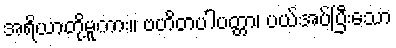
အရိယာတို့မူကား။ ဗဟိတပါပတ္တာ၊ ပယ်အပ်ပြီးသော